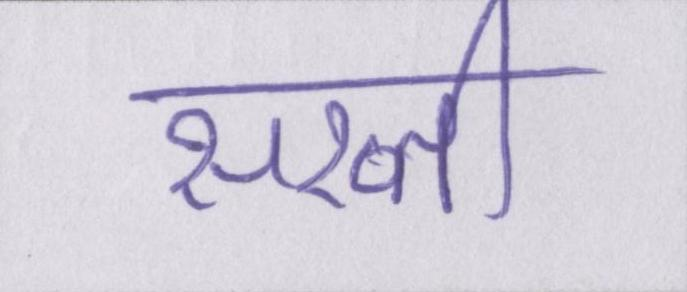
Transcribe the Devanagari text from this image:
सख्ती